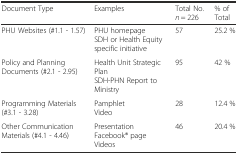
| Document Type | Examples | Total No. n = 226 | % of Total |
 | --- | --- | --- | --- |
 | PHU Websites (#1.1 - 1.57) | PHU homepageSDH or Health Equity specific initiative | 57 | 25.2 % |
 | Policy and Planning Documents (#2.1 - 2.95) | Health Unit Strategic PlanSDH-PHN Report to Ministry | 95 | 42 % |
 | Programming Materials (#3.1 - 3.28) | PamphletVideo | 28 | 12.4 % |
 | Other Communication Materials (#4.1 - 4.46) | PresentationFacebook® pageVideos | 46 | 20.4 % |